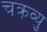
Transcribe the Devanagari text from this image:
चक्रव्यु